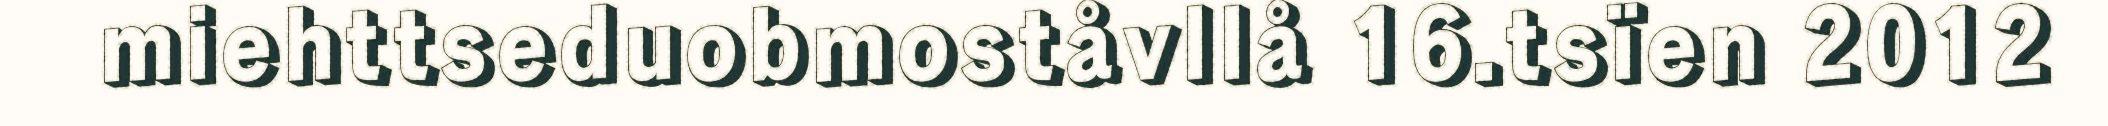
miehttseduobmoståvllå 16.tsïen 2012